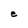
Character: e